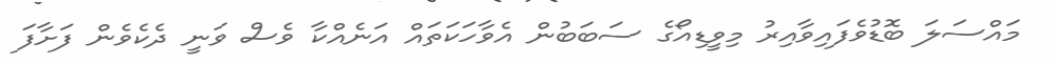
މައްސަލަ ބޮޑުވެފައިވާއިރު މިވީޑިއޯގެ ސަބަބުން އެވާހަކަތައް އަނެއްކާ ވެސް ވަނީ ދެކެވެން ފަށާފަ